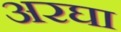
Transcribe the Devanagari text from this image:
अरघा